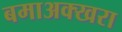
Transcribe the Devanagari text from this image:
बमाअक्खरा